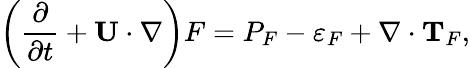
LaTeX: \left({\frac{\partial}{\partial t}+{\mathbf{U}}\cdot\nabla}\right)F=P_{F}-\varepsilon_{F}+\nabla\cdot{\mathbf{T}}_{F},